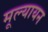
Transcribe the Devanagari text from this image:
मूल्यायन